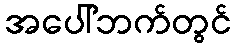
အပေါ်ဘက်တွင်